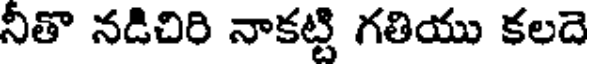
నీతొ నడిచిరి నాకట్టి గతియు కలదె